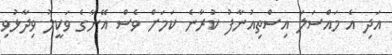
އަދި އެ މައްސަލަ އިސްތިއުނާފު ކުރާނެ ކަމަށް ވެސް އޭނާގެ ވަކީލު ވިދާޅުވި